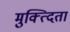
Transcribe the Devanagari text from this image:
मुक्त्दिता